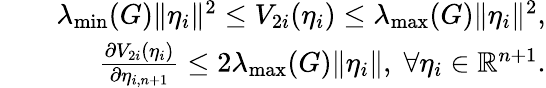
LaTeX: \begin{array}{rlr}&{}&{\lambda_{\operatorname*{min}}(G)\| \eta_{i}\| ^{2}\leq V_{2i}(\eta_{i})\leq\lambda_{\operatorname*{max}}(G)\| \eta_{i}\| ^{2},}\\ &{}&{\frac{\partial V_{2i}(\eta_{i})}{\partial\eta_{i,n+1}}\leq 2\lambda_{\operatorname*{max}}(G)\| \eta_{i}\| ,\; \forall\eta_{i}\in\mathbb{R}^{n+1}.}\end{array}